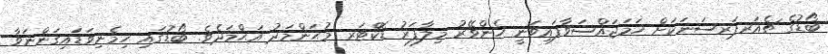
ބޯޑުގެ ޗެއަރޕަރސަނަކަށް ހަމަޖައްސަވާފައިވަނީ ހެންވޭރު މިލާފަރު ޑޮކްޓަރ މުޙަންމަދު އަޙްމަދެވެ. ބޯޑުގައި ހިމެނިވަޑައިގަންނަވާ